King Institute of Preventive Medicine Micro-Biological Section reports 1912-19
Year: 1912
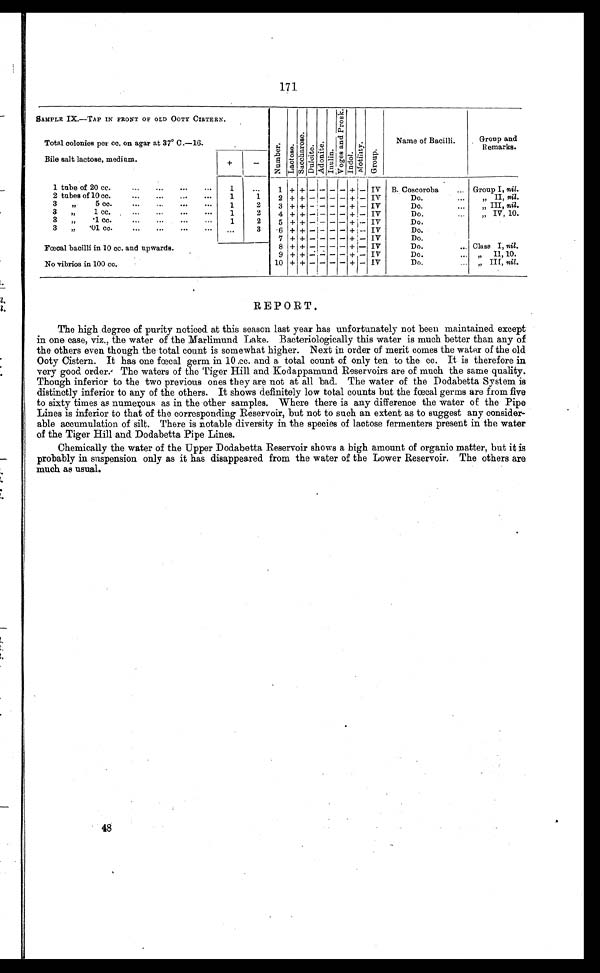
171
SAMPLE IX.—TAP IN FRONT OF OLD OOTY CISTERN.
N u m b e r . La c t o a e .
S a œh a r o s e .
Dul oi t e.
A d o n i t e .
I nul i n.
V o g a a n d P r o s k .
I ndol .
Moda l i t y. Gr oup.
Name of Bacilli.
Group and
Remarks.
Total colonies per cc. on agar at 37° C.—16.
Bile salt lactose, medium.
+
-
1 tube of 20 cc.
...
...
...
. . .
1
...
1 +
+
-
-
- -
+ - IV B. Coscoroba
... Group I, nil.
2 tubes of 10 cc.
...
...
...
. . .
1
1
2 + + -
-
- - + - IV
Do.
...
„ II, nil.
3 „ 5 cc.
...
...
...
. . .
1
2
3 + + - - - - + - IV
Do.
...
„ I I I
n i l.
3 „ 1 cc.
...
...
...
. . . 1
2
4 + + - - - - + - IV
Do.
... „ IV, 10.
3 „ .1 cc.
...
...
. . .
1
2
5 + + -
-
- - + - IV
Do.
...
3 „ .01 cc.
...
...
...
. . . ...
3
6 + + -
- - - + - IV
Do.
...
Fœcal bacilli in 10 cc. and upwards.
7
+
+
-
- - - + - IV
Do.
...
8 + + - - - - + - IV
Do.
... Class I, nil.
9 + + - - - - + - IV
Do.
...
.
„ I I , 1 0 .
No vibrios in 100 cc.
10 + + -
-
- - + - IV
Do.
... „ III, nil.
REPORT.
The high degree of purity noticed at this season last year has unfortunately not been maintained except
in one case, viz., the water of the Marlimund Lake. Bacteriologically this water is much better than any of
the others even though the total count is somewhat higher. Next in order of merit comes the water of the old
Ooty Cistern. It has one fœcal germ in 10 cc. and a total count of only ten to the cc. It is therefore in
very good order. The waters of the Tiger Hill and Kodappamund Reservoirs are of much the same quality.
Though inferior to the two previous ones they are not at all bad. The water of the Dodabetta System is
distinctly inferior to any of the others. It shows definitely low total counts but the fœcal germs are from five
to sixty times as numerous as in the other samples. Where there is any difference the water of the Pipe
Lines is inferior to that of the corresponding Reservoir, but not to such an extent as to suggest any consider-
able accumulation of silt. There is notable diversity in the species of lactose fermenters present in the water
of the Tiger Hill and Dodabetta Pipe Lines.
Chemically the water of the Upper Dodabetta Reservoir shows a high amount of organic matter, but it is
probably in suspension only as it has disappeared from the water of the Lower Reservoir. The others are
much as usual.
48